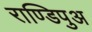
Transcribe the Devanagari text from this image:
राण्डिपुअ